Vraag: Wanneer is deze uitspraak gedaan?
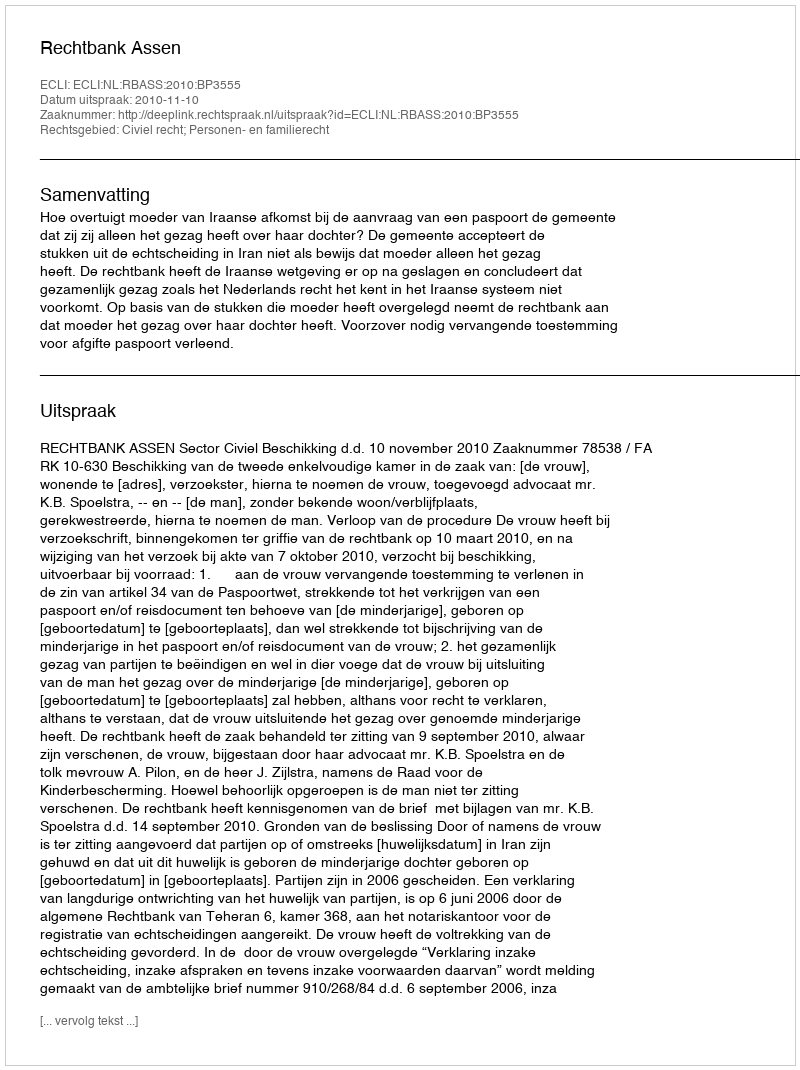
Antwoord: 2010-11-10